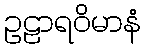
ဥဠာရဝိမာနံ